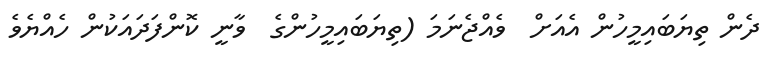
ދެން ތިޔަބައިމީހުން އެއަށް  ވެއްޖެނަމަ (ތިޔަބައިމީހުންގެ  ވާނީ ކޮންފަދައަކުން ހެއްޔެވެ